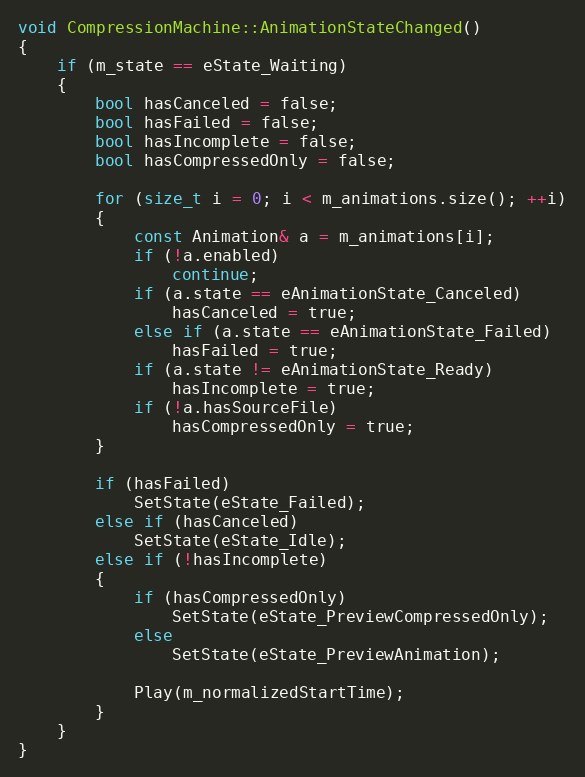
Language: C++
void CompressionMachine::AnimationStateChanged()
{
	if (m_state == eState_Waiting)
	{
		bool hasCanceled = false;
		bool hasFailed = false;
		bool hasIncomplete = false;
		bool hasCompressedOnly = false;

		for (size_t i = 0; i < m_animations.size(); ++i)
		{
			const Animation& a = m_animations[i];
			if (!a.enabled)
				continue;
			if (a.state == eAnimationState_Canceled)
				hasCanceled = true;
			else if (a.state == eAnimationState_Failed)
				hasFailed = true;
			if (a.state != eAnimationState_Ready)
				hasIncomplete = true;
			if (!a.hasSourceFile)
				hasCompressedOnly = true;
		}

		if (hasFailed)
			SetState(eState_Failed);
		else if (hasCanceled)
			SetState(eState_Idle);
		else if (!hasIncomplete)
		{
			if (hasCompressedOnly)
				SetState(eState_PreviewCompressedOnly);
			else
				SetState(eState_PreviewAnimation);

			Play(m_normalizedStartTime);
		}
	}
}